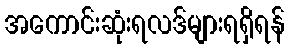
အကောင်းဆုံးရလဒ်များရရှိရန်